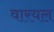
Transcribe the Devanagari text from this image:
वारयल